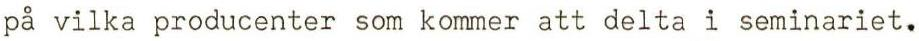
på vilka producenter som kommer att delta i seminariet.